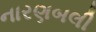
નારણબલી